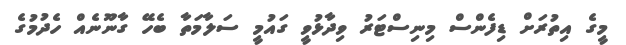
މީގެ އިތުރަށް ޑިފެންސް މިނިސްޓަރު ވިދާޅުވީ ގައުމީ ސަލާމަތާ ބެހޭ ގާނޫނެއް ހެދުމުގެ